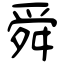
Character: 舜